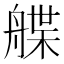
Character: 艓